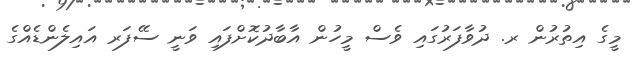
މީގެ އިތުރުން ރ. ދުވާފަރުގައި ވެސް މީހުން އާބާދުކޮށްފައި ވަނީ ސޭފަރ އައިލެންޑެއްގެ